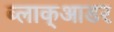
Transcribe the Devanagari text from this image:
ब्लाक्आडर